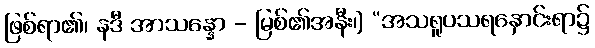
ဖြစ်ရာ၏၊ နဒီ အာသန္နော - မြစ်၏အနီး၊] “အသရူပသရနှောင်းရာ၌